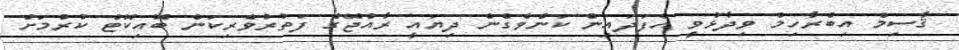
ޤާސިމް އިބްރާހިމް ވިދާޅުވީ އެފަދައިން ކަންވެގެން ދިޔައީ ރާއްޖޭގެ ފަތުރުވެރިކަން ބޮއިކޮޓް ކުރުމަށް